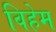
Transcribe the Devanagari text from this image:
विहेम